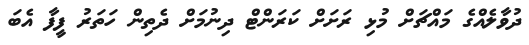
ދުވާލެއްގެ މައްޗަށް މުޅި ރަށަށް ކަރަންޓް ދިނުމަށް ދެތިން ހަތަރު ފީފާ އެބަ